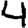
Digit: 4